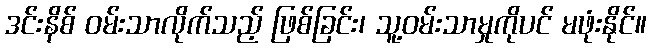
ဒင်းနိစ် ဝမ်းသာလိုက်သည့် ဖြစ်ခြင်း၊ သူ့ဝမ်းသာမှုကိုပင် မဖုံးနိုင်။